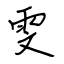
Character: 雯